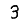
Digit: 3